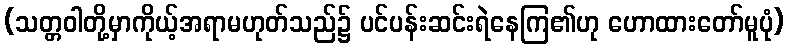
(သတ္တဝါတို့မှာကိုယ့်အရာမဟုတ်သည်၌ ပင်ပန်းဆင်းရဲနေကြ၏ဟု ဟောထားတော်မူပုံ)